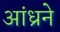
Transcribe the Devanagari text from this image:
आंध्रने